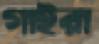
গাইরা